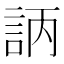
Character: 𧦿